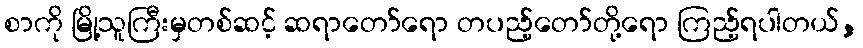
စာကို မြို့သူကြီးမှတစ်ဆင့် ဆရာတော်ရော တပည့်တော်တို့ရော ကြည့်ရပါတယ်,